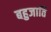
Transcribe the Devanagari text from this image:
बहुजाति